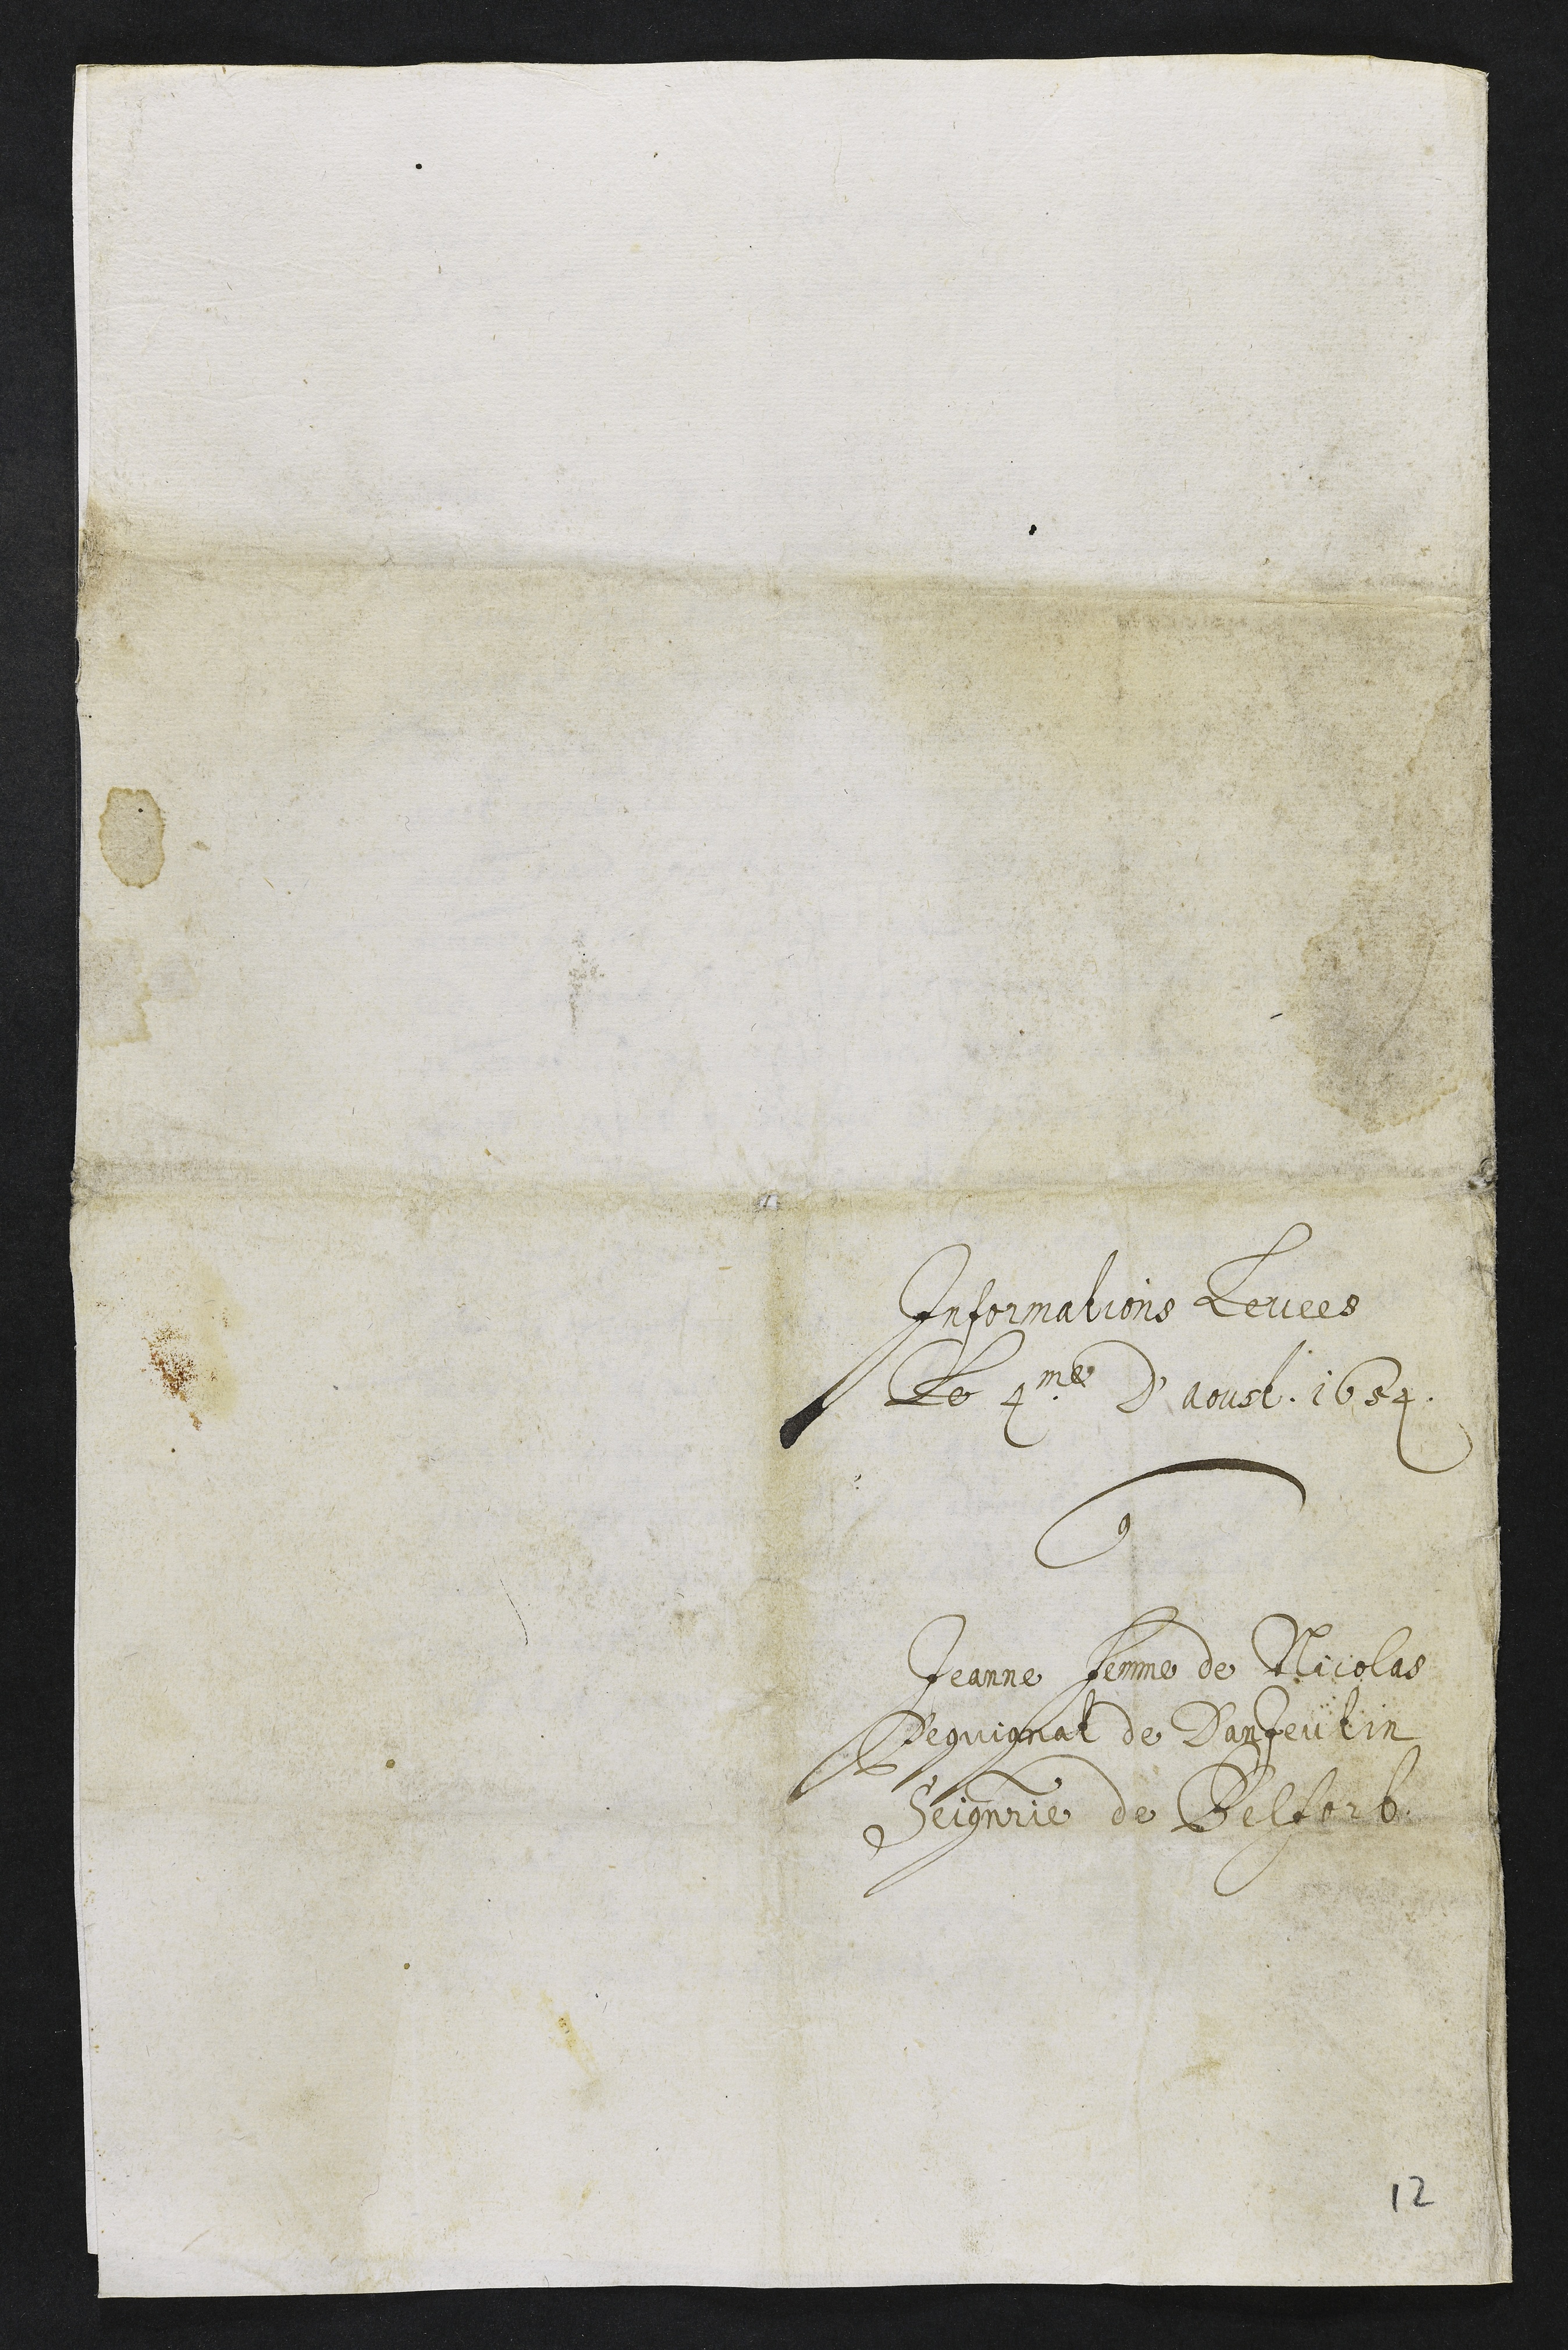
Informations levees
Le 4me d’aoust. 1654.
Contre
Jeanne femme de Nicolas
Pequignat de Danjeutin
Seigneurie de Belfort.